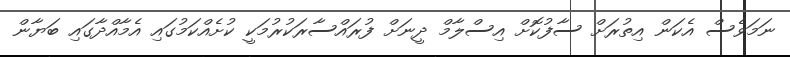
ނަމަވެސް އެކަން އިތުރަށް ސާފުކޮށް އިސްލާމް ދީނަށް ފުރައްސާރަކުރުމަކީ ކުށެއްކަމުގައި އެމާއްދާގައި ބަޔާން